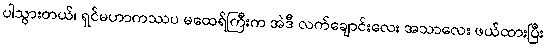
ပါသွားတယ်၊ ရှင်မဟာကဿပ မထေရ်ကြီးက အဲဒီ လက်ချောင်းလေး အသာလေး ဖယ်ထားပြီး